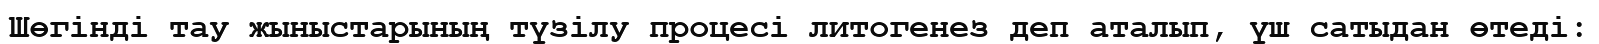
Шөгінді тау жыныстарының түзілу процесі литогенез деп аталып, үш сатыдан өтеді: